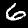
Digit: 6